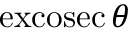
\operatorname { e x c o s e c } \theta